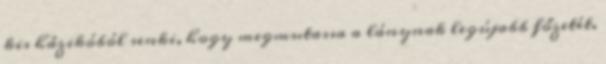
kis házikóból senki, hogy megmutassa a lánynak legújabb főzetét.